Scottish Certificate of Education, 1963
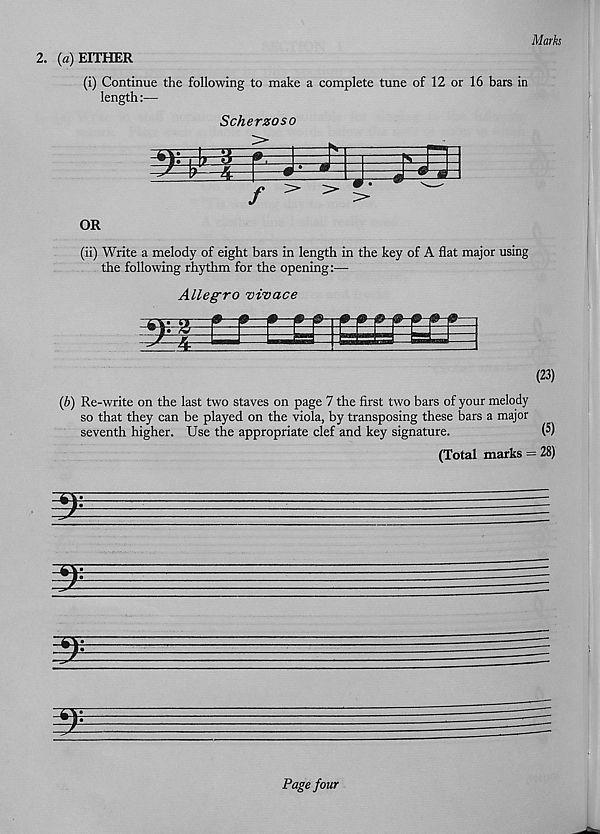
Marks
2. (a) EITHER
(i) Continue the following to make a complete tune of 12 or 16 bars in
length
Scherzo so
m
$
/
OR
(ii) Write a melody of eight bars in length in the key of A flat major using
the following rhythm for the opening:—
Allegro vivace
01& a
m
(23)
(b) Re-write on the last two staves on page 7 the first two bars of your melody
so that they can be played on the viola, by transposing these bars a major
seventh higher. Use the appropriate clef and key signature.
(5)
(Total marks = 28)
Page four